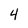
Character: 4